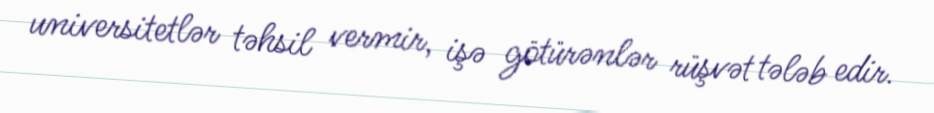
universitetlər təhsil vermir, işə götürənlər rüşvət tələb edir.